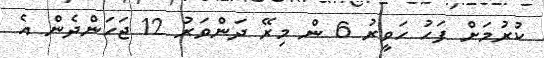
ކުރުމަށް ފަހު ހަވީރު 6 ން މިރޭ ދަންވަރު 12 ޖަހަންދެން އެ